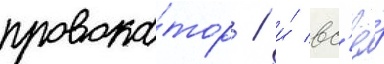
провока́тор / и́ вс'ё́